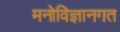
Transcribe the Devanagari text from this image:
मनोविज्ञानगत